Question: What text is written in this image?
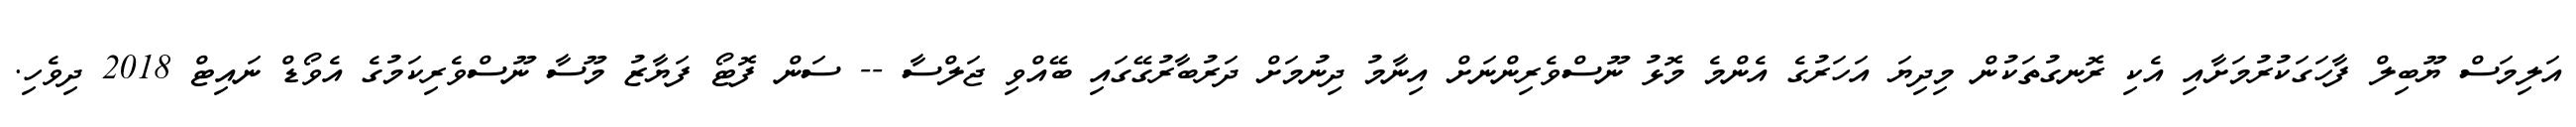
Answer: އަލިމަސް ޔޫބިލް ފާހަގަކުރުމަށާއި އެކި ރޮނގުތަކުން މިދިޔަ އަހަރުގެ އެންމެ މޮޅު ނޫސްވެރިންނަށް އިނާމު ދިނުމަށް ދަރުބާރުގޭގައި ބޭއްވި ޖަލްސާ -- ސަން ފޮޓޯ ފަޔާޒު މޫސާ ނޫސްވެރިކަމުގެ އެވޯޑް ނައިޓް 2018 ދިވެހި.